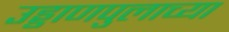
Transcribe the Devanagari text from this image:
उड्डाणपुलाच्या